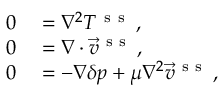
\begin{array} { r l } { 0 } & { { } = \nabla ^ { 2 } T ^ { \mathrm { ~ s ~ s ~ } } \, , } \\ { 0 } & { { } = \nabla \cdot \vec { v } ^ { \mathrm { ~ s ~ s ~ } } \, , } \\ { 0 } & { { } = - \nabla \delta p + \mu \nabla ^ { 2 } \vec { v } ^ { \mathrm { ~ s ~ s ~ } } \, , } \end{array}